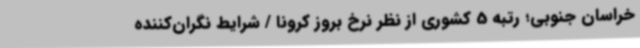
خراسان جنوبی؛ رتبه 5 کشوری از نظر نرخ بروز کرونا / شرایط نگران‌کننده